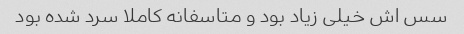
سس اش خیلی زیاد بود و متاسفانه کاملا سرد شده بود